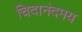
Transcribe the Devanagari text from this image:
चिदानंदमय